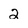
Character: 2